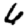
Digit: 6